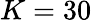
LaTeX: K=30